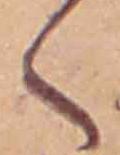
く